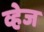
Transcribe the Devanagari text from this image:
व्हेज